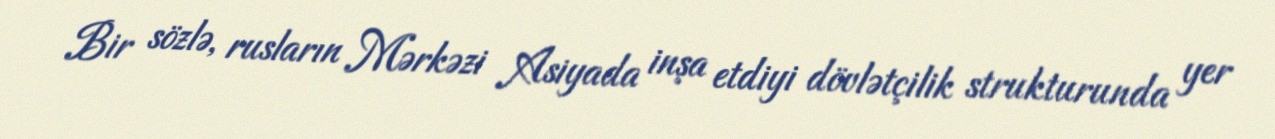
Bir sözlə, rusların Mərkəzi Asiyada inşa etdiyi dövlətçilik strukturunda yer